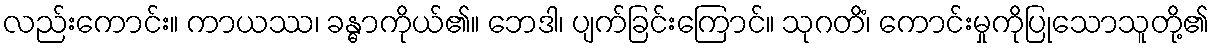
လည်းကောင်း။ ကာယဿ၊ ခန္ဓာကိုယ်၏။ ဘေဒါ၊ ပျက်ခြင်းကြောင်။ သုဂတိံ၊ ကောင်းမှုကိုပြုသောသူတို့၏